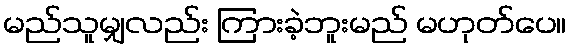
မည်သူမျှလည်း ကြားခဲ့ဘူးမည် မဟုတ်ပေ။